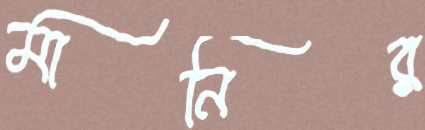
মানির